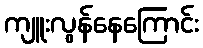
ကျူးလွန်နေကြောင်း